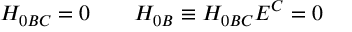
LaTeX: H _ { 0 B C } = 0 \qquad H _ { 0 B } \equiv H _ { 0 B C } E ^ { C } = 0